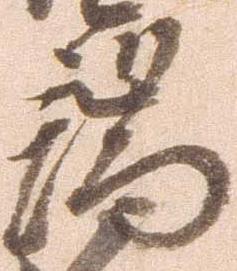
端